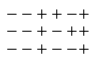
\begin{array} { c } { { -- + + - + } } \\ { { -- + - + + } } \\ { { -- + -- + } } \end{array}